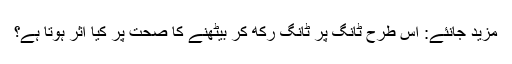
مزید جانئے: اس طرح ٹانگ پر ٹانگ رکھ کر بیٹھنے کا صحت پر کیا اثر ہوتا ہے؟